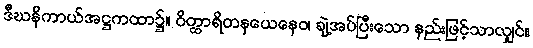
ဒီဃနိကာယ်အဋ္ဌကထာ၌။ ဝိတ္ထာရိတနယေနေဝ၊ ချဲ့အပ်ပြီးသော နည်းဖြင့်သာလျှင်။